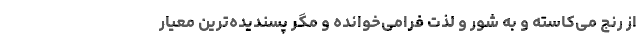
از رنج می‌کاسته و به شور و لذت فرامی‌خوانده و مگر پسندیده‌ترین معیار